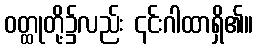
ဝတ္ထုတို့၌လည်း ၎င်းဂါထာရှိ၏။